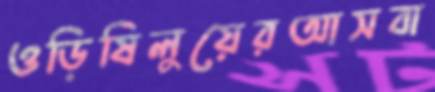
ওড়িষিলুয়েরআসবা